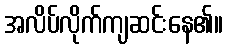
အလိပ်လိုက်ကျဆင်းနေ၏။